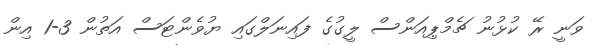
ވަނީ ރޭ ކުޅުނު ޗެމްޕިއަންސް ލީގުގެ ފައިނަލްގައި ޔުވެންޓަސް އަތުން 3-1 އިން